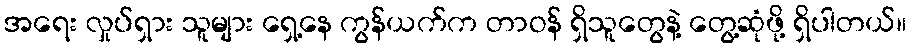
အရေး လှုပ်ရှား သူများ ရှေ့နေ ကွန်ယက်က တာဝန် ရှိသူတွေနဲ့ တွေ့ဆုံဖို့ ရှိပါတယ်။